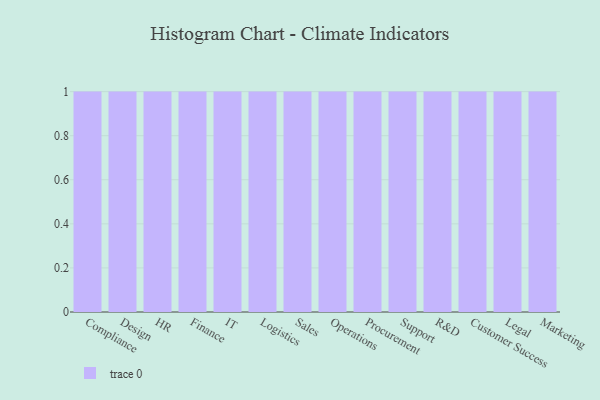
{"axis": {"x": "Department", "y": "LTV (USD)"}, "legend": [""], "data": [{"x": "Compliance", "y": 47, "type": ""}, {"x": "Design", "y": 13, "type": ""}, {"x": "HR", "y": 76, "type": ""}, {"x": "Finance", "y": 53, "type": ""}, {"x": "IT", "y": 5, "type": ""}, {"x": "Logistics", "y": 29, "type": ""}, {"x": "Sales", "y": 1, "type": ""}, {"x": "Operations", "y": 38, "type": ""}, {"x": "Procurement", "y": 7, "type": ""}, {"x": "Support", "y": 74, "type": ""}, {"x": "R&D", "y": 18, "type": ""}, {"x": "Customer Success", "y": 77, "type": ""}, {"x": "Legal", "y": 38, "type": ""}, {"x": "Marketing", "y": 4, "type": ""}]}